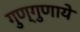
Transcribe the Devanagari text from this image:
गुण्गुणाये